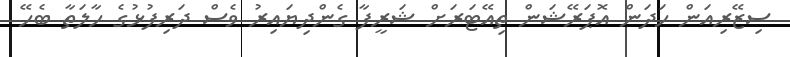
ސިޒޭރިއަން ހަދަން އޮޕަރޭޝަން ތިއޭޓަރަށް ޝަރީފާ ގެންދިޔައިރު ވެސް ދަރިފުޅުގެ ހާލަތާ ބެހޭ